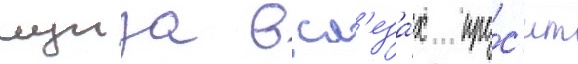
луиза в сл'еза́х про́с'ит